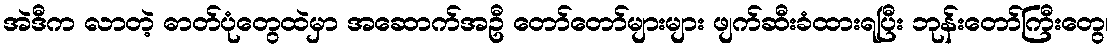
အဲဒီက လာတဲ့ ဓာတ်ပုံတွေထဲမှာ အဆောက်အဦ တော်တော်များများ ဖျက်ဆီးခံထားရပြီး ဘုန်းတော်ကြီးတွေ၊